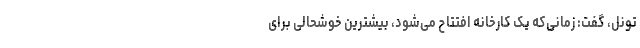
تونل، گفت: زمانی‌که یک کارخانه افتتاح می‌شود، بیشترین خوشحالی برای